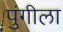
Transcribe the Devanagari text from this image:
पुंगीला